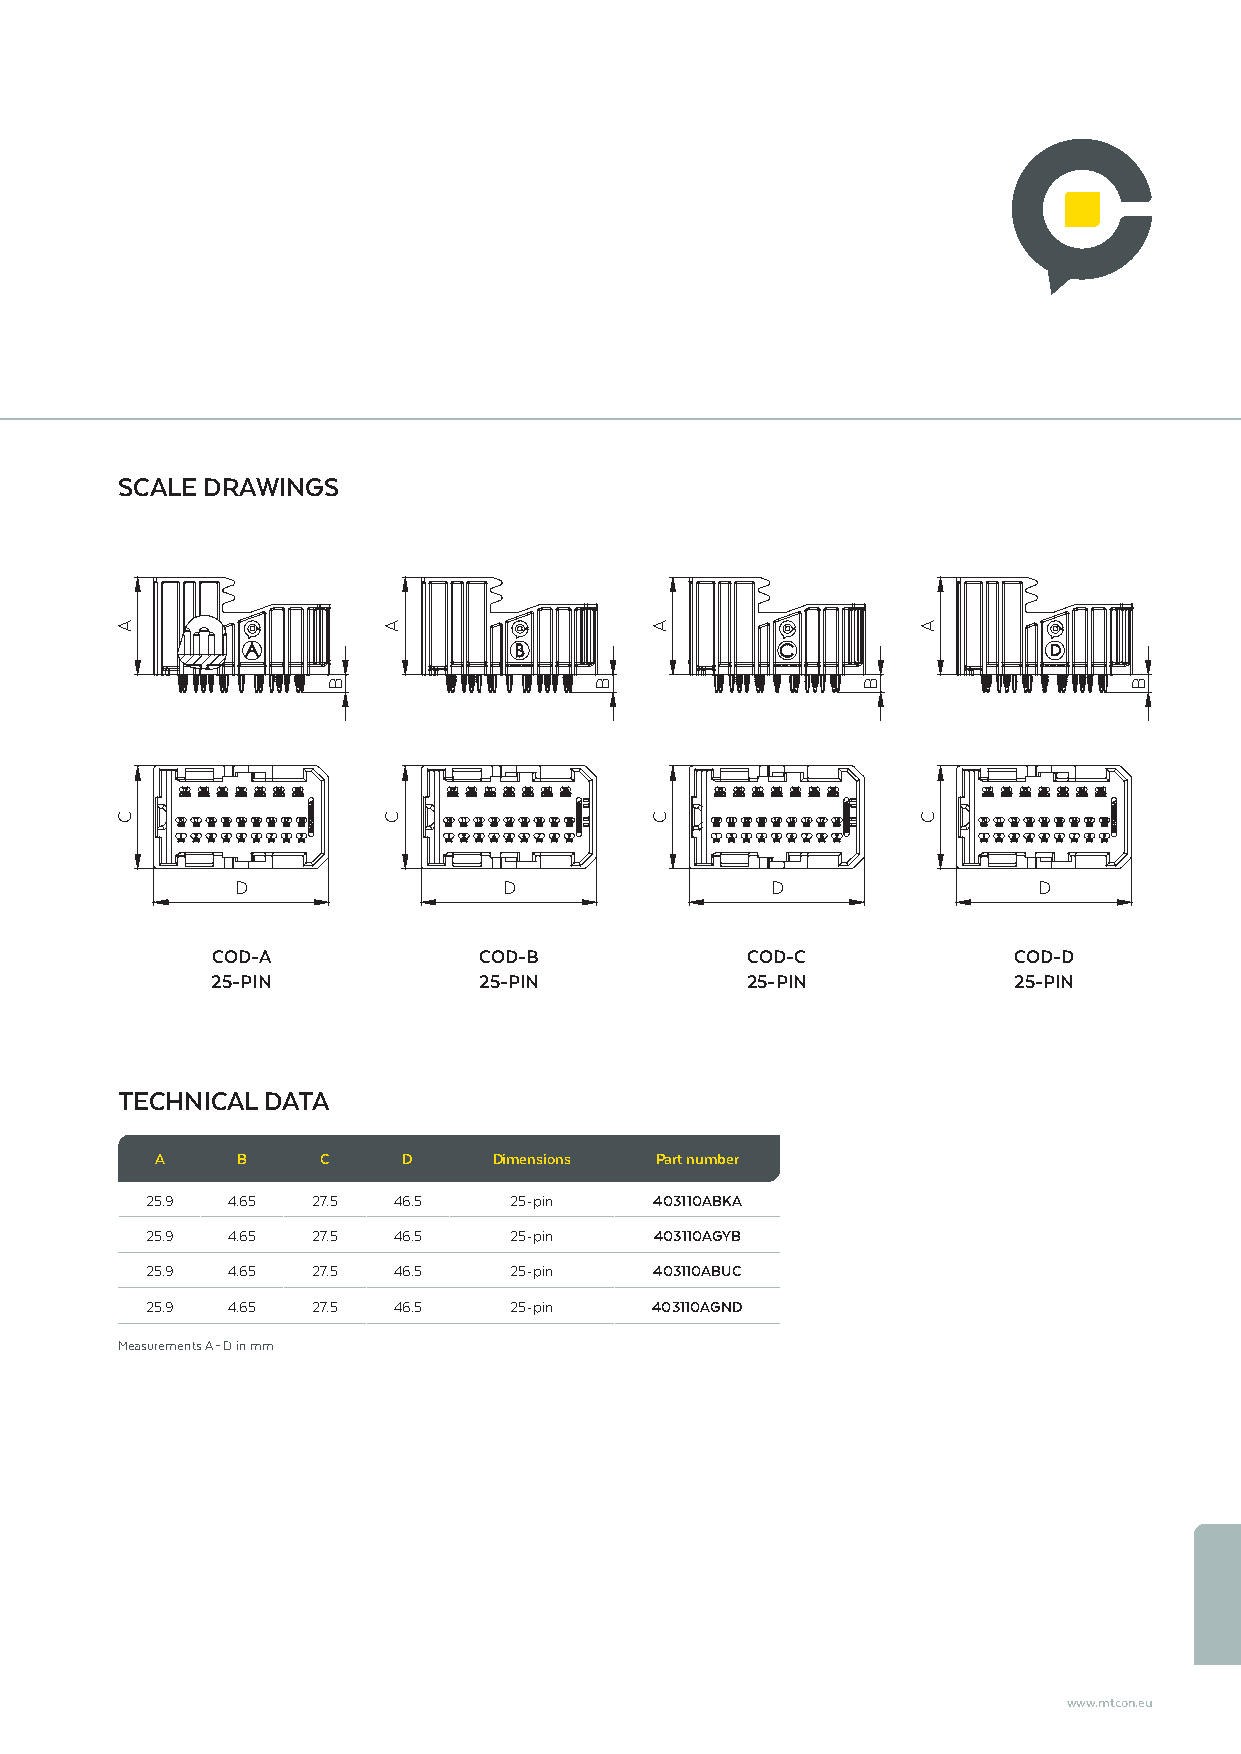
SCALE DRAWINGS
 D                D                 D                 D
 COD-A             COD-B            COD-C             COD-D
 25-PIN            25-PIN           25-PIN            25-PIN
 TECHNICAL DATA
 A     B    C     D     Dimensions Part number
 25.9 4.65  27.5 46.5    25-pin   403110ABKA
 25.9 4.65  27.5 46.5    25-pin   403110AGYB
 25.9 4.65  27.5 46.5    25-pin   403110ABUC
 25.9 4.65  27.5 46.5    25-pin   403110AGND
 Measurements A – D in mm
 www.mtcon.eu
 A
 C
 B
 A
 C
 B
 A
 C
 B
 A
 C
 B